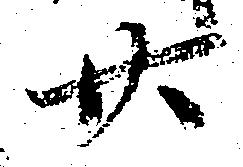
廿